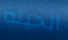
الحيلة